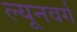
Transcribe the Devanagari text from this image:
ल्यूनवर्ग